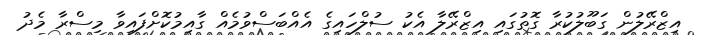
އިޒްރޭލުން ގަބޫލުކުރާ ގޮތުގައި އިޒްރޭލާ އެކު ސުލްހައިގެ އެއްބަސްވުމެއް ގާއިމުކޮށްފައިވާ މިސްރާ މެދު